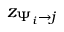
z _ { \Psi _ { i } \to j }